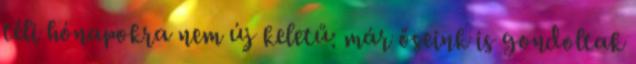
téli hónapokra nem új keletű: már őseink is gondoltak